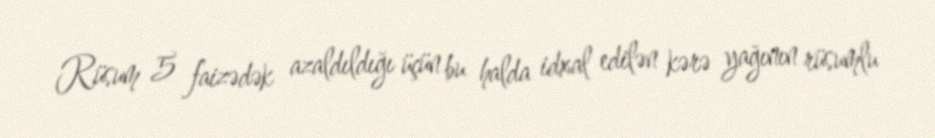
Rüsum 5 faizədək azaldıldığı üçün bu halda idxal edilən kərə yağının rüsumlu